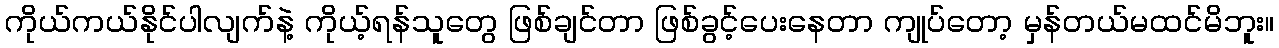
ကိုယ်ကယ်နိုင်ပါလျက်နဲ့ ကိုယ့်ရန်သူတွေ ဖြစ်ချင်တာ ဖြစ်ခွင့်ပေးနေတာ ကျုပ်တော့ မှန်တယ်မထင်မိဘူး။